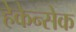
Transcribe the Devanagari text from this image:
हेकेन्सेक